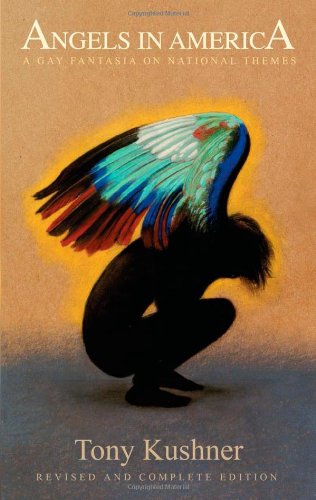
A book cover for Angels in America: A Gay Fantasia on National Themes: Revised and Complete Edition; Tony Kushner; Humor & Entertainment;